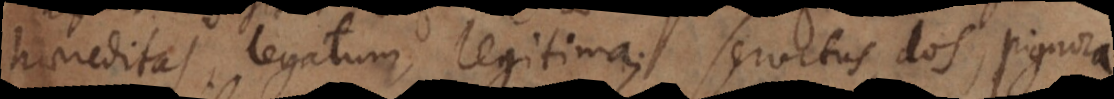
haereditas, legatum, legitima, servitus, dos, pignora.